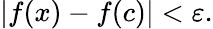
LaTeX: |f(x)-f(c)|<\varepsilon.